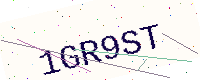
Text: 1GR9ST